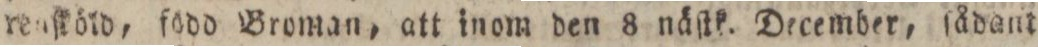
renſköld, fodd Broman, att inom den 8 näſtk. December, ſådant